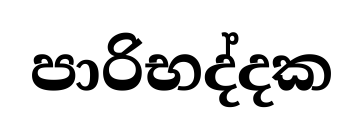
පාරිභද්දක